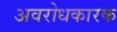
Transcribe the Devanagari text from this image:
अवरोधकारक